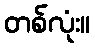
တစ်လုံး။